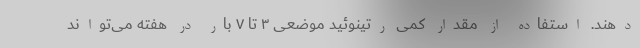
‌دهند. استفاده از مقدار کمی رتینوئید موضعی ۳ تا ۷ بار در هفته می‌تواند